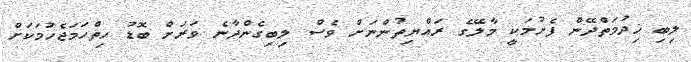
ލިބި ޚިދުމަތްދޭން ފެށުމަކީ މާލޭގެ ރައްޔިތުންނަށް ވެސް ލިބިގެންދާނެ ވަރަށް ބޮޑު ހިތްހަމަޖެހުމަކަށް